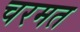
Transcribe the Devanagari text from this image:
चरमत